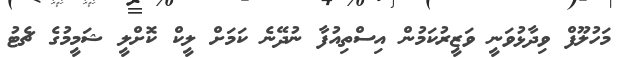
މަހުލޫފް ވިދާޅުވަނީ ވަޒީރުކަމުން އިސްތިއުފާ ނުދޭނެ ކަމަށް ލީކް ކޮށްލީ ޝަމީމުގެ ޗެޓު